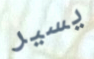
يسير